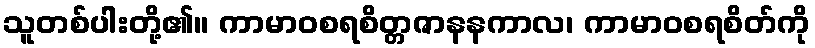
သူတစ်ပါးတို့၏။ ကာမာဝစရစိတ္တဇာနနကာလ၊ ကာမာဝစရစိတ်ကို